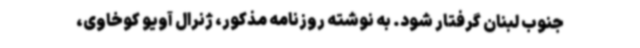
جنوب لبنان گرفتار شود. به نوشته روزنامه مذکور، ژنرال آویو کوخاوی،